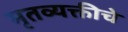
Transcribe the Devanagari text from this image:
मृतव्यक्तीचे